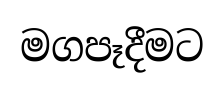
මගපෑදීමට